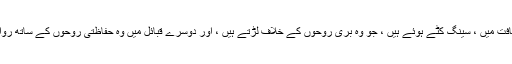
سائبیرین انیٹس کی ثقافت میں ، سینگ کٹے ہوئے ہیں ، جو وہ بری روحوں کے خلاف لڑتے ہیں ، اور دوسرے قبائل میں وہ حفاظتی روحوں کے ساتھ روابط استوار کرتے ہیں۔